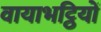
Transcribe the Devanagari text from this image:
वायाभट्ठियों